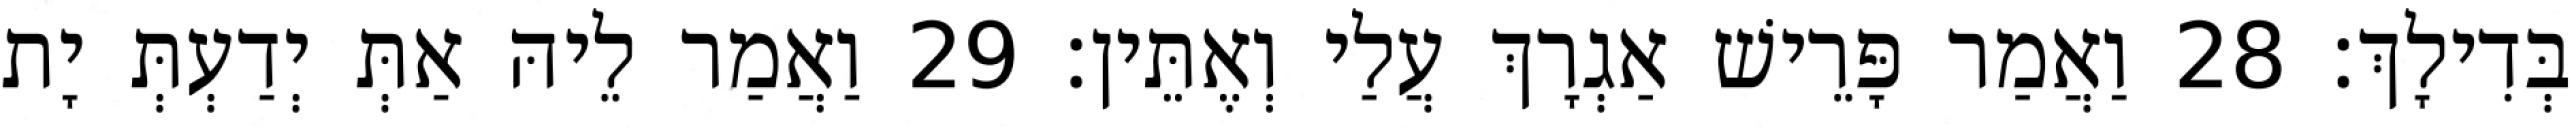
בְּדִילָךְ׃ 28 וַאֲמַר פָּרֵישׁ אַגְרָךְ עֲלַי וְאֶתֵּין׃ 29 וַאֲמַר לֵיהּ אַתְּ יְדַעְתְּ יָת